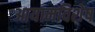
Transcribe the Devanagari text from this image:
आयामविशेष